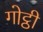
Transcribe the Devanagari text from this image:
गोट्ठी